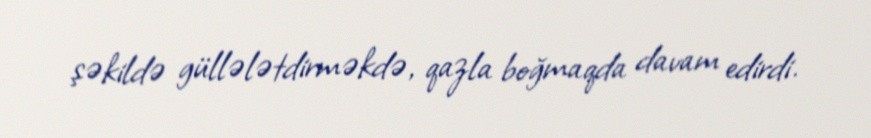
şəkildə güllələtdirməkdə, qazla boğmaqda davam edirdi.